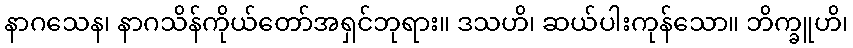
နာဂသေန၊ နာဂသိန်ကိုယ်တော်အရှင်ဘုရား။ ဒသဟိ၊ ဆယ်ပါးကုန်သော။ ဘိက္ခူဟိ၊